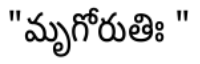
"మృగోరుతిః "